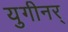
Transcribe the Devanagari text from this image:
युगीनर्